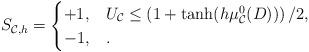
LaTeX: \begin{align*}S_{\mathcal{C},h}=\begin{cases} +1, & U_{\mathcal{C}}\leq \left(1+\tanh(h\mu^0_{\mathcal{C}}(D))\right)/2,\\ -1, & .\end{cases}\end{align*}